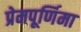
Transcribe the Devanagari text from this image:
प्रेमपूर्णिमा